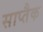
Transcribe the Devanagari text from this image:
साप्तैक